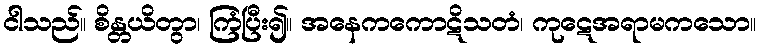
ငါသည်။ စိန္တယိတွာ၊ ကြံပြီး၍။ အနေကကောဋိသတံ၊ ကုဋေအရာမကသော။